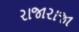
રાજારાજા